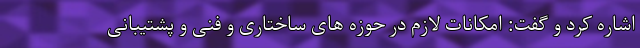
اشاره کرد و گفت: امکانات لازم در حوزه های ساختاری و فنی و پشتیبانی